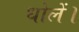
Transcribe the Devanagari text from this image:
धोलें।